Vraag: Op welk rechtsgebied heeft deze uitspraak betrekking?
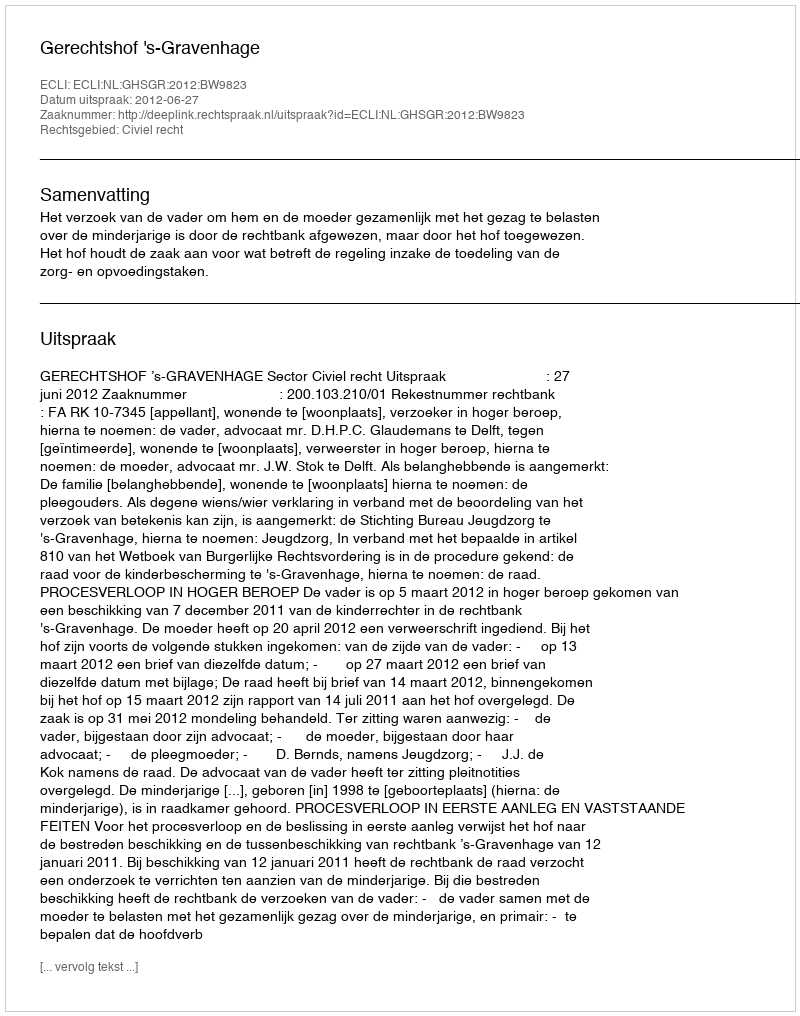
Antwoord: Civiel recht